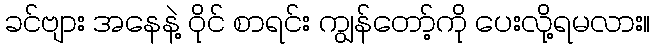
ခင်ဗျား အနေနဲ့ ဝိုင် စာရင်း ကျွန်တော့်ကို ပေးလို့ရမလား။